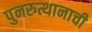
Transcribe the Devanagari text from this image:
पुनरुत्थानाची